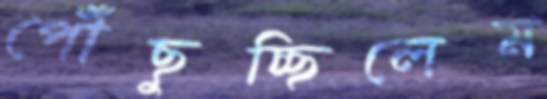
পৌঁছুচ্ছিলেম